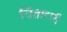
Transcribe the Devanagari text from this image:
चिंताहारी